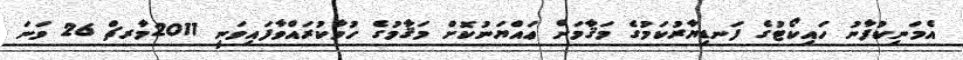
އެމަނިކުފާނު ހައިކޯޓުގެ ފަނޑިޔާރުކަމުގެ މަޤާމަށް ޢައްޔަނުކޮށް މަޤާމުގެ ހުވާކުރައްވާފައިވަނީ 2011މާރޗް 26 ވަނަ